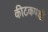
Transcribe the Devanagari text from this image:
कीटकपक्षी